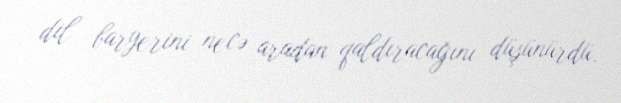
dil baryerini necə aradan qaldıracağını düşünürdü.